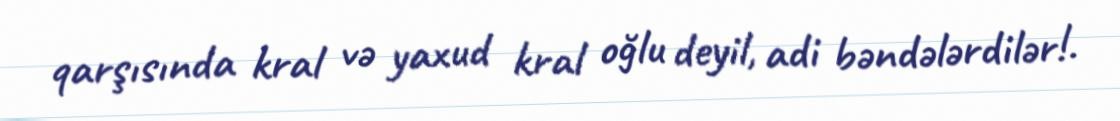
qarşısında kral və yaxud kral oğlu deyil, adi bəndələrdilər!.